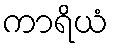
ကာရိယံ